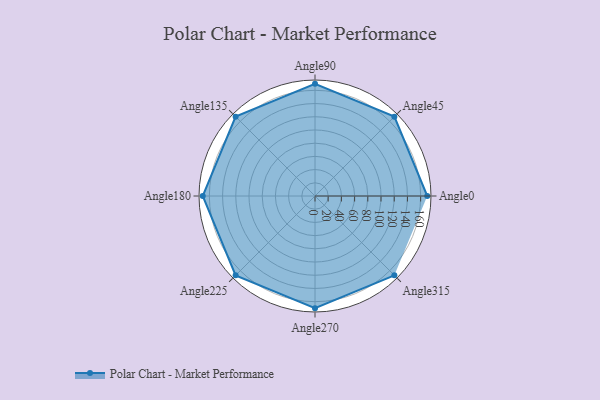
{"axis": {"x": "Angle", "y": "Radius"}, "legend": [""], "data": [{"x": "Angle0", "y": 170, "type": ""}, {"x": "Angle45", "y": 170, "type": ""}, {"x": "Angle90", "y": 170, "type": ""}, {"x": "Angle135", "y": 170, "type": ""}, {"x": "Angle180", "y": 170, "type": ""}, {"x": "Angle225", "y": 170, "type": ""}, {"x": "Angle270", "y": 170, "type": ""}, {"x": "Angle315", "y": 170, "type": ""}]}